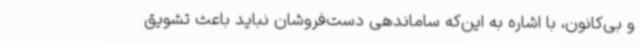
و بی‌کانون، با اشاره به این‌که ساماندهی دست‌فروشان نباید باعث تشویق